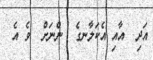
އަދި  އާއި އެކަލާނގެ  ންނަށް  ވެ އެ